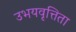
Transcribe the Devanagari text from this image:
उभयवृत्तिता